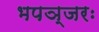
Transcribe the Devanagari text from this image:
भपञ्जरः